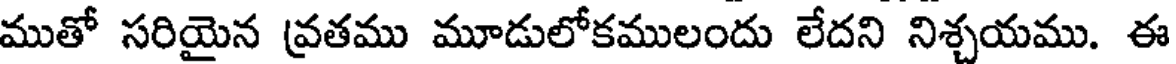
ముతో సరియైన వ్రతము మూడులోకములందు లేదని నిశ్చయము. ఈ